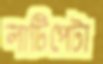
লাটিপেটা